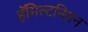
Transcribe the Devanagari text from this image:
हॅमिल्टनियन